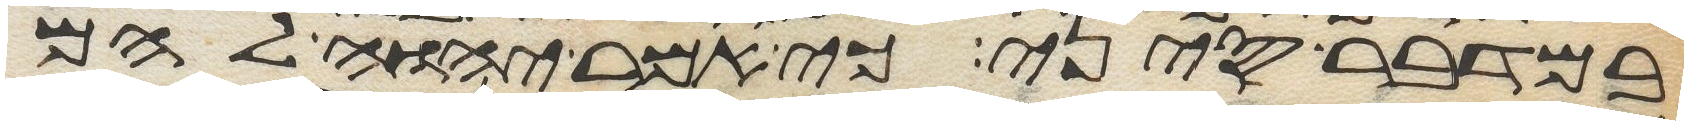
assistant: במדבר סיני כי אמר יהוה להם